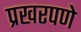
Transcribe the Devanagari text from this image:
प्रखरपणे